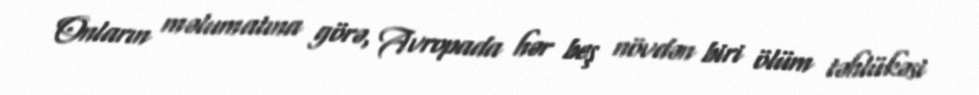
Onların məlumatına görə, Avropada hər beş növdən biri ölüm təhlükəsi